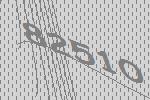
82510